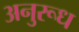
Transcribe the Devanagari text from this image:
अनुरूध